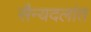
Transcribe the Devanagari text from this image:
सैन्यदलांत